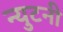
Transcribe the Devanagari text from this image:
न्युटनी